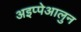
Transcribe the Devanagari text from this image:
अइप्पेआलुन